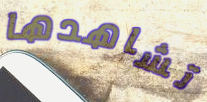
تشاهدها